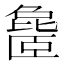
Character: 𬛨